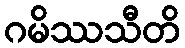
ဂမိဿသီတိ